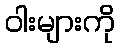
ဝါးများကို